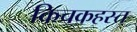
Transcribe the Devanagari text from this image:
किचकहस्त